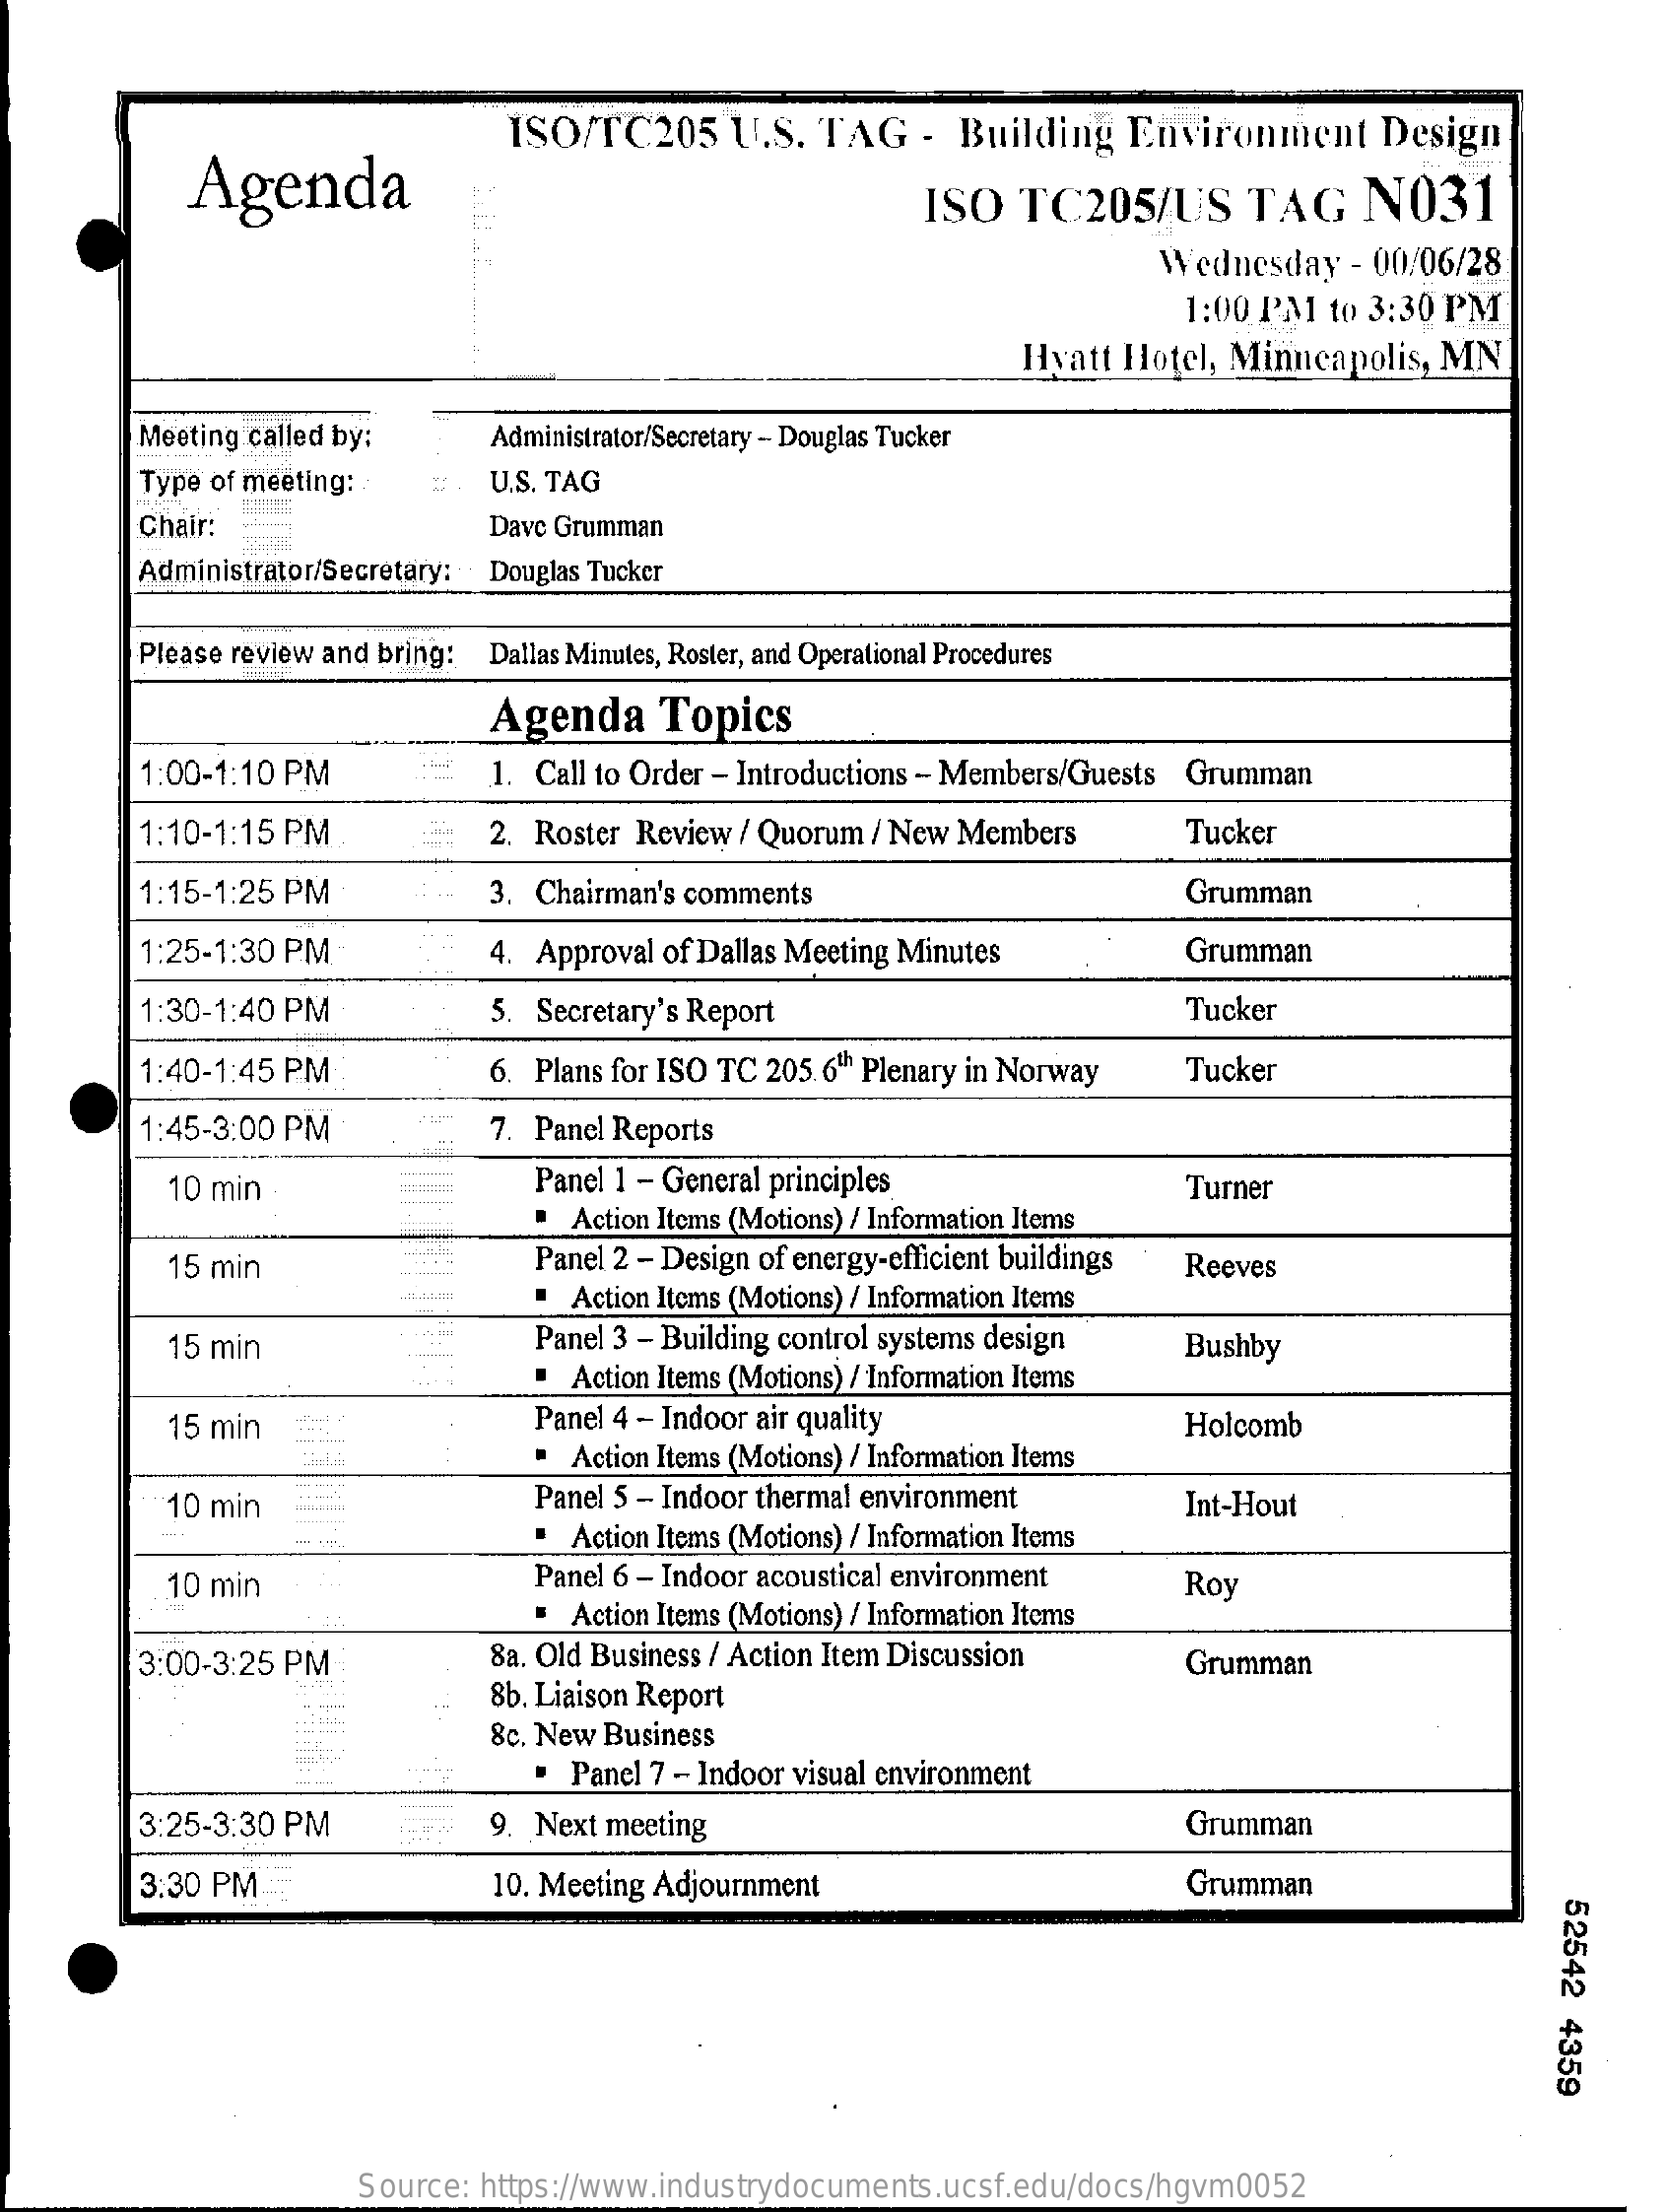
Agenda
     ISO/TC205    U.S.   TAG    - Building    Environment    Design
     ISO   TC205/US    TAG    N031
     Wednesday    - 00/06/28
     1:00 PM1  to 3:30 PM
     Hyatt  Hotel,  Minneapolis,   MN
     Meeting called by:    Administrator/Secretary - Douglas Tucker
     Type of meeting:    U.S. TAG
     Chair:    Dave Grumman
     Administrator/Secretary: Douglas Tucker
     Please review and bring: Dallas Minutes, Roster, and Operational Procedures
     Agenda    Topics
     1:00-1:10 PM    1. Call to Order - Introductions - Members/Guests Grumman
     1:10-1:15 PM    2. Roster Review  / Quorum  / New Members    Tucker
     1:15-1:25 PM    3. Chairman's comments    Grumman
     1:25-1:30 PM    4. Approval of Dallas Meeting Minutes    Grumman
     1:30-1:40 PM    5. Secretary's Report    Tucker
     1:40-1:45 PM    6. Plans for ISO TC 205. 6th Plenary in Norway    Tucker
     1:45-3:00 PM    7. Panel Reports
     10 min    Panel 1 - General principles
     ·  Action Items (Motions) / Information Items
     Turner
     15 min
     ......... Panel 2 - Design of energy-efficient buildings . .
     ............
     "  Action Items (Motions) / Information Items
     Reeves
     15 min    Panel 3 - Building control systems design
     Action Items (Motions) / Information Items
     Bushby
     15 min    Panel 4 - Indoor air quality
     ·  Action Items (Motions) / Information Items
     Holcomb
     10 min
     .. .....    Panel 5 - Indoor thermal environment
     "  Action Items (Motions) / Information Items
     Int-Hout
     10 min    Panel 6 - Indoor acoustical environment
     "  Action Items (Motions) / Information Items
     Roy
     3:00-3:25 PM    8a. Old Business / Action Item Discussion
     8b. Liaison Report
     Grumman
     8c. New Business
     .  Panel 7 - Indoor visual environment
     3:25-3:30 PM    9. Next meeting    Grumman
     3.30 PM    10. Meeting Adjournment    Grumman
     52542
     4359
     Source:  https://www.industrydocuments.ucsf.edu/docs/hgvm0052